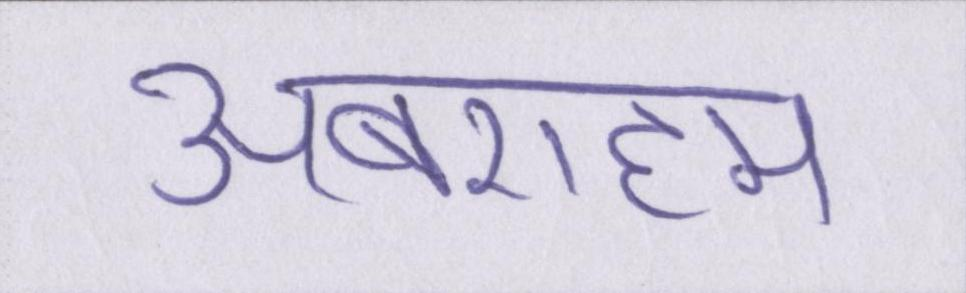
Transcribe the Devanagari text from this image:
अबराहम